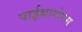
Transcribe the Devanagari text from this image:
पाईथागोरस